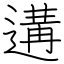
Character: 遘